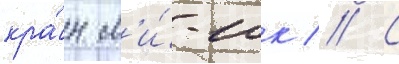
кра́н м'и́-10к // С